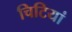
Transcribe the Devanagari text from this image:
चिटियां